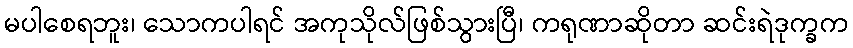
မပါစေရဘူး၊ သောကပါရင် အကုသိုလ်ဖြစ်သွားပြီ၊ ကရုဏာဆိုတာ ဆင်းရဲဒုက္ခက